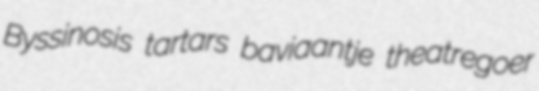
Byssinosis tartars baviaantje theatregoer